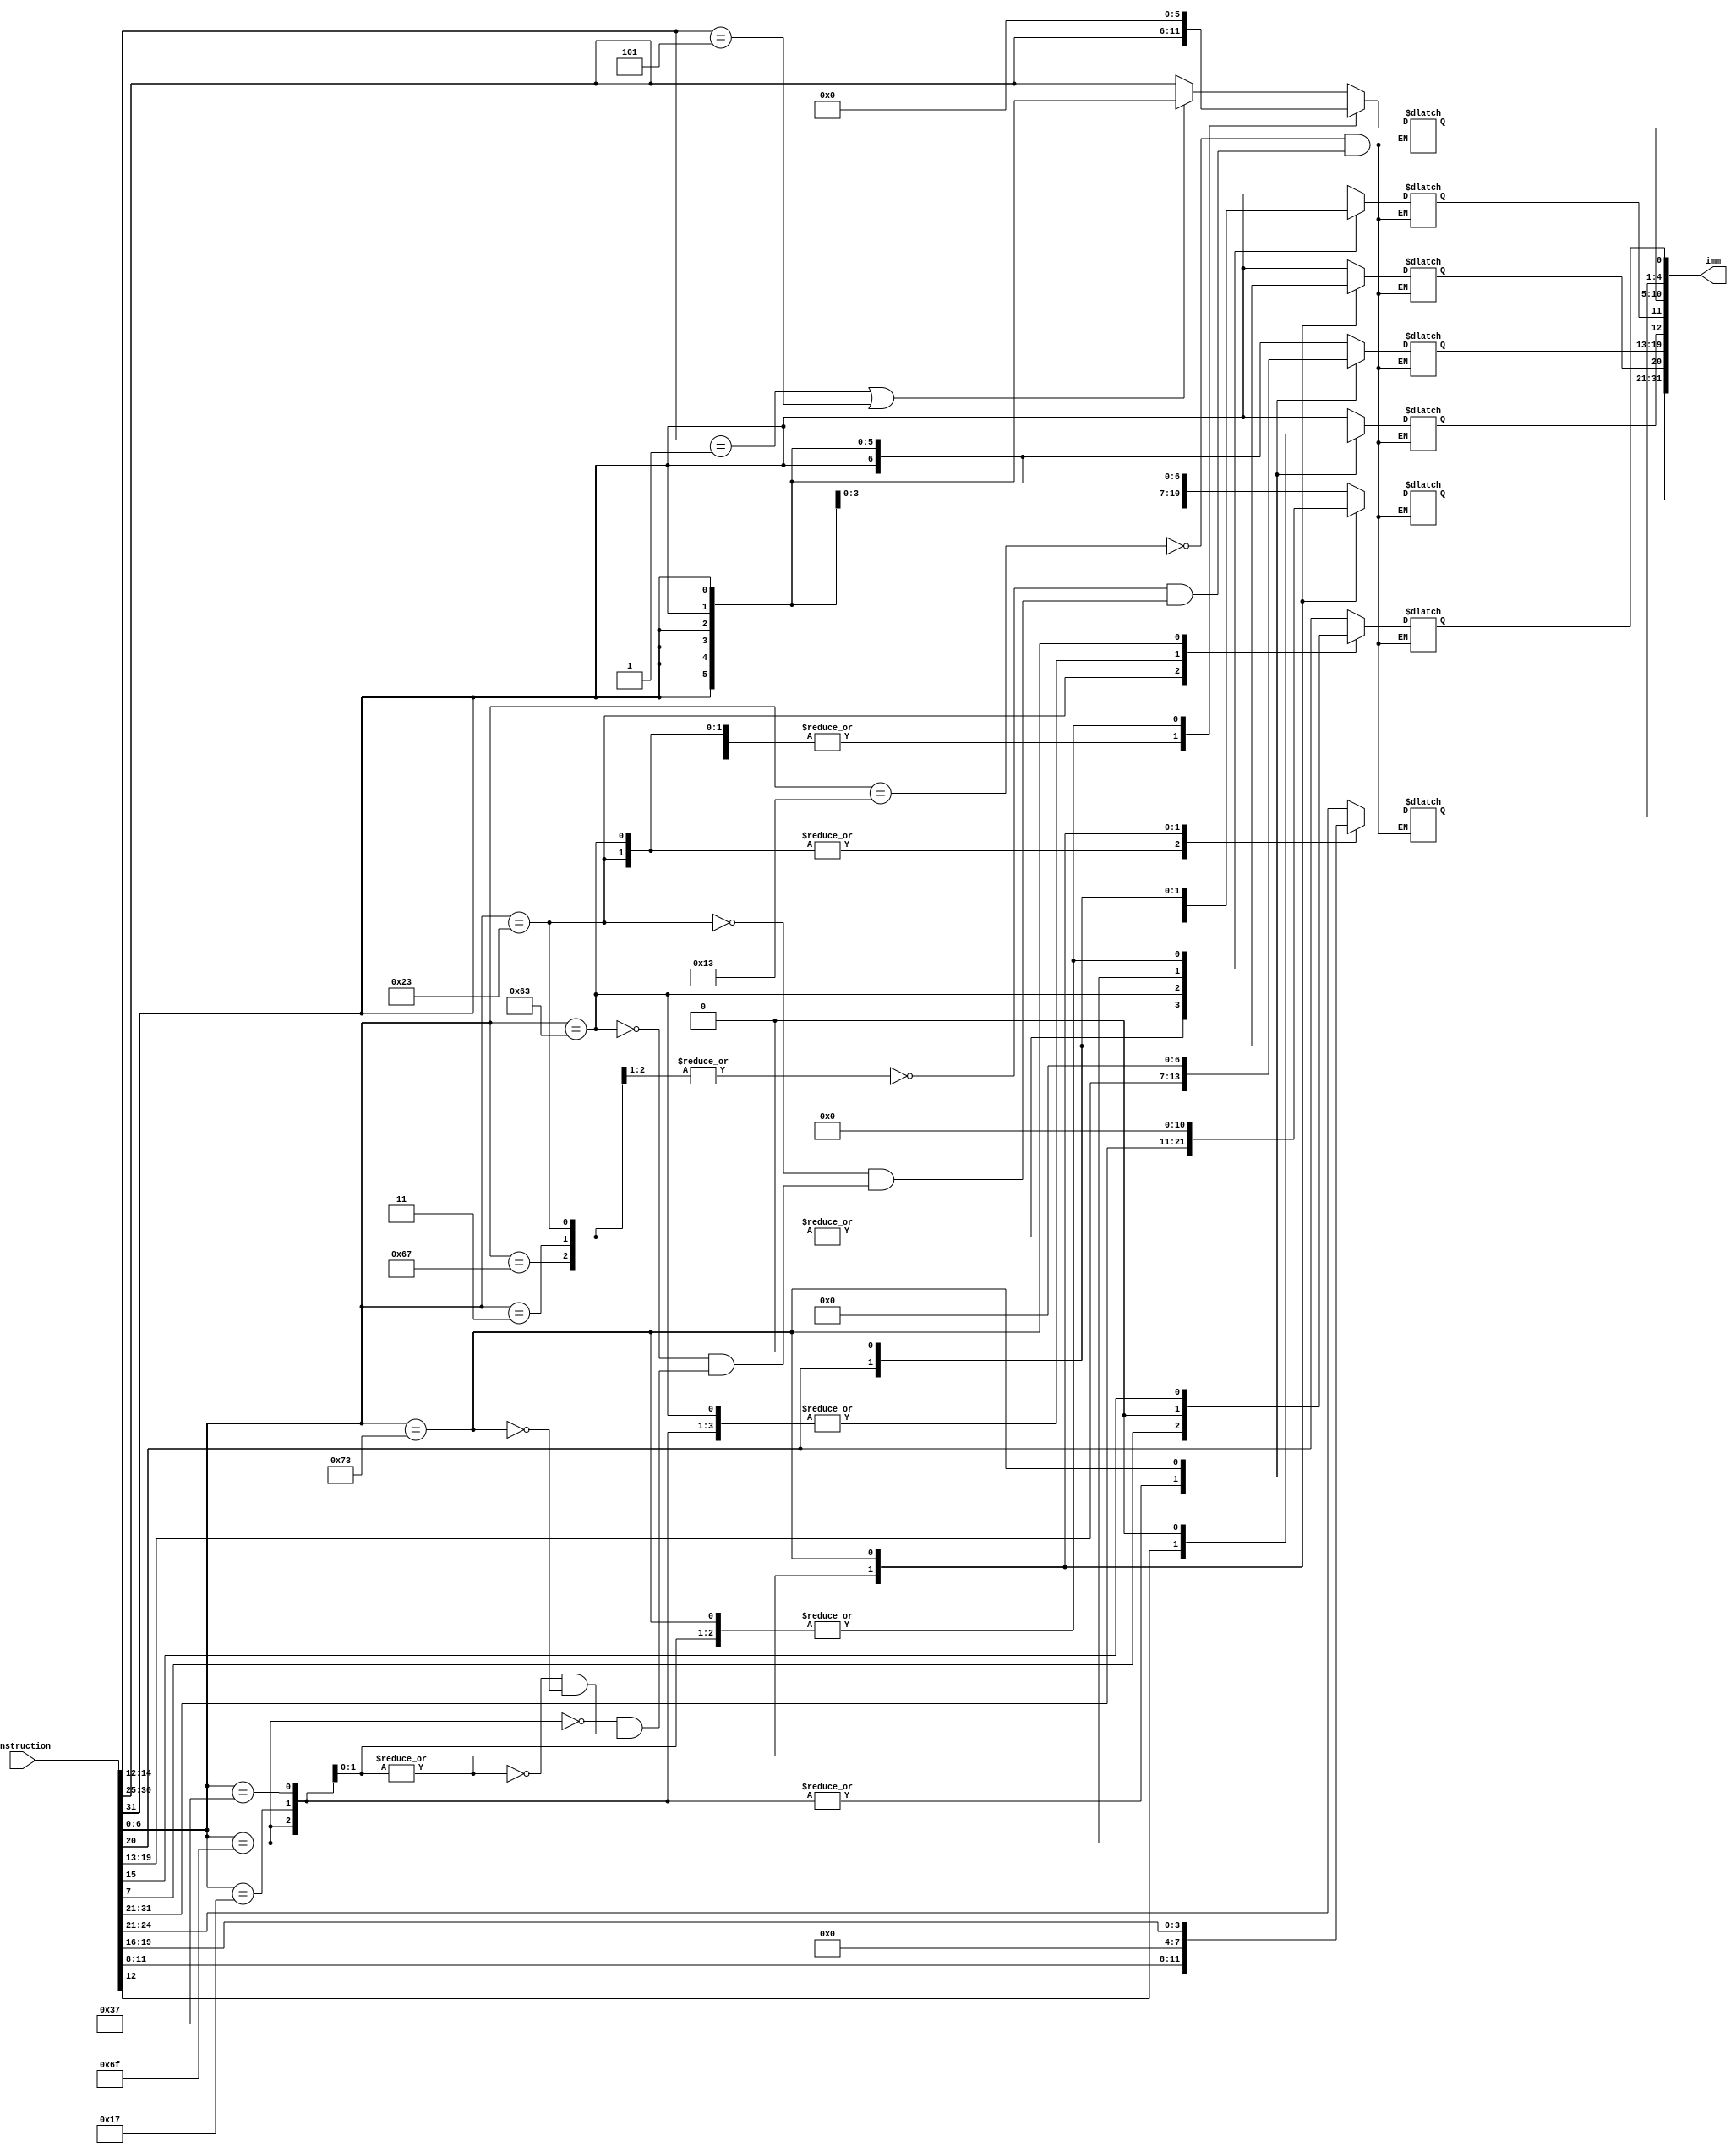
`timescale 1ns / 1ps

module Imm_Gen(
    input [31:0] instruction,
    output [31:0] imm
    );

reg [31:0] imm0;
assign imm=imm0;

always @(*) begin
    case(instruction[6:0])

        7'b0010011://I type
            begin
                if(instruction[14:12] == 3'd1 || instruction[14:12] == 3'd5)begin
                    imm0[31:5]={27{instruction[31]}};
                    imm0[4:0]=instruction[24:20];
                end
                else begin
                    imm0[31:12]={20{instruction[31]}};
                    imm0[11:0]=instruction[31:20];
                end
            end

        7'b0000011,7'b1100111://I type
            begin
                imm0[31:12]={20{instruction[31]}};
                imm0[11:0]=instruction[31:20];
            end
        
        7'b0100011://S type
            begin
                imm0[31:12]={20{instruction[31]}};
                imm0[11:5]=instruction[31:25];
                imm0[4:0]=instruction[11:7];
            end

        7'b1100011://B type
            begin
                imm0[31:13]={19{instruction[31]}};
                imm0[12]=instruction[31];
                imm0[10:5]=instruction[30:25];
                imm0[4:1]=instruction[11:8];
                imm0[11]=instruction[7];
                imm0[0]=1'b0;
            end

        7'b1101111://J type
            begin
                imm0[20]=instruction[31];
                imm0[10:1]=instruction[30:21];
                imm0[11]=instruction[20];
                imm0[19:12]=instruction[19:12];
                imm0[31:21]={11{instruction[31]}};
                imm0[0]=1'b0;
            end

        7'b0110111,7'b0010111:
            begin
                imm0[31:12]=instruction[31:12];
                imm0[11:0]=12'b0000_0000_0000;
            end

        7'b1110011://csrrwi
            begin
                imm0[31:5]={27{1'b0}};
                imm0[4:0]=instruction[19:15];
            end
    endcase

end
endmodule